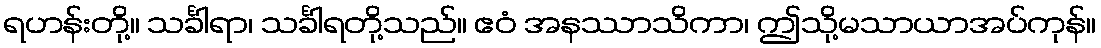
ရဟန်းတို့။ သင်္ခါရာ၊ သင်္ခါရတို့သည်။ ဧဝံ အနဿာသိကာ၊ ဤသို့မသာယာအပ်ကုန်။